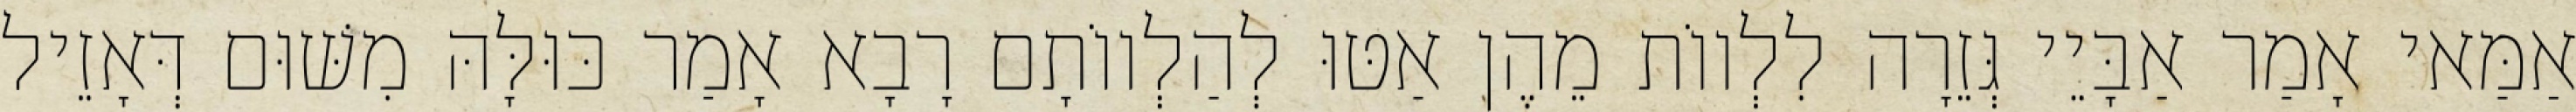
אַמַּאי אָמַר אַבָּיֵי גְּזֵרָה לִלְווֹת מֵהֶן אַטּוּ לְהַלְווֹתָם רָבָא אָמַר כּוּלָּהּ מִשּׁוּם דְּאָזֵיל